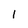
Character: 1